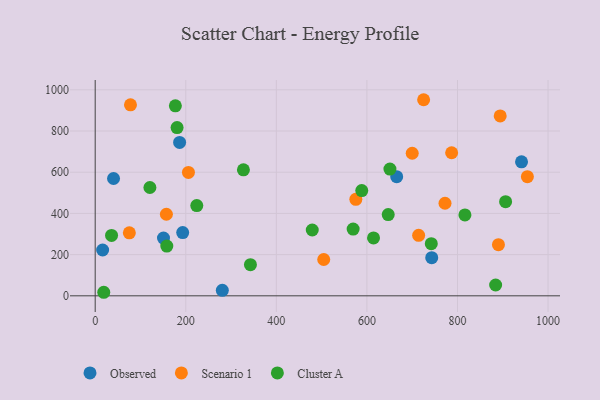
{"axis": {"x": "Price", "y": "Demand"}, "legend": ["Cluster A", "Observed", "Scenario 1"], "data": [{"x": "16.4", "y": 222.5, "type": "Observed"}, {"x": "665.7", "y": 578.4, "type": "Observed"}, {"x": "280.7", "y": 26.5, "type": "Observed"}, {"x": "186.4", "y": 744.6, "type": "Observed"}, {"x": "40.5", "y": 569.4, "type": "Observed"}, {"x": "193.2", "y": 306.9, "type": "Observed"}, {"x": "150.8", "y": 280.4, "type": "Observed"}, {"x": "941.4", "y": 650.6, "type": "Observed"}, {"x": "743.1", "y": 185.3, "type": "Observed"}, {"x": "157.2", "y": 396.0, "type": "Scenario 1"}, {"x": "787.1", "y": 694.5, "type": "Scenario 1"}, {"x": "772.4", "y": 449.3, "type": "Scenario 1"}, {"x": "700.0", "y": 692.1, "type": "Scenario 1"}, {"x": "504.6", "y": 176.4, "type": "Scenario 1"}, {"x": "575.5", "y": 468.3, "type": "Scenario 1"}, {"x": "205.9", "y": 599.1, "type": "Scenario 1"}, {"x": "77.9", "y": 927.2, "type": "Scenario 1"}, {"x": "714.2", "y": 293.5, "type": "Scenario 1"}, {"x": "954.3", "y": 578.6, "type": "Scenario 1"}, {"x": "894.3", "y": 873.4, "type": "Scenario 1"}, {"x": "725.2", "y": 951.9, "type": "Scenario 1"}, {"x": "75.4", "y": 305.9, "type": "Scenario 1"}, {"x": "890.4", "y": 248.1, "type": "Scenario 1"}, {"x": "647.0", "y": 394.5, "type": "Cluster A"}, {"x": "884.2", "y": 52.5, "type": "Cluster A"}, {"x": "588.6", "y": 511.0, "type": "Cluster A"}, {"x": "816.4", "y": 392.5, "type": "Cluster A"}, {"x": "569.6", "y": 324.0, "type": "Cluster A"}, {"x": "614.6", "y": 280.9, "type": "Cluster A"}, {"x": "479.3", "y": 319.4, "type": "Cluster A"}, {"x": "180.8", "y": 816.9, "type": "Cluster A"}, {"x": "342.8", "y": 151.4, "type": "Cluster A"}, {"x": "18.9", "y": 17.2, "type": "Cluster A"}, {"x": "906.2", "y": 457.1, "type": "Cluster A"}, {"x": "158.1", "y": 241.7, "type": "Cluster A"}, {"x": "224.3", "y": 438.2, "type": "Cluster A"}, {"x": "36.1", "y": 293.2, "type": "Cluster A"}, {"x": "650.8", "y": 615.2, "type": "Cluster A"}, {"x": "327.3", "y": 611.5, "type": "Cluster A"}, {"x": "120.8", "y": 525.7, "type": "Cluster A"}, {"x": "742.1", "y": 253.3, "type": "Cluster A"}, {"x": "177.0", "y": 922.5, "type": "Cluster A"}]}